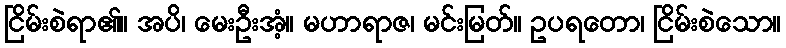
ငြိမ်းစဲရာ၏။ အပိ၊ မေးဦးအံ့။ မဟာရာဇ၊ မင်းမြတ်။ ဥပရတော၊ ငြိမ်းစဲသော။